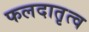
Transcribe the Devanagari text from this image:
फलदातृत्व